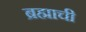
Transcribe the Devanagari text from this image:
ब्रह्माची